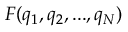
F ( q _ { 1 } , q _ { 2 } , . . . , q _ { N } )